65_HS1-834228961_62-HQ-83894_Section_7
Agency: FBI
Page 6
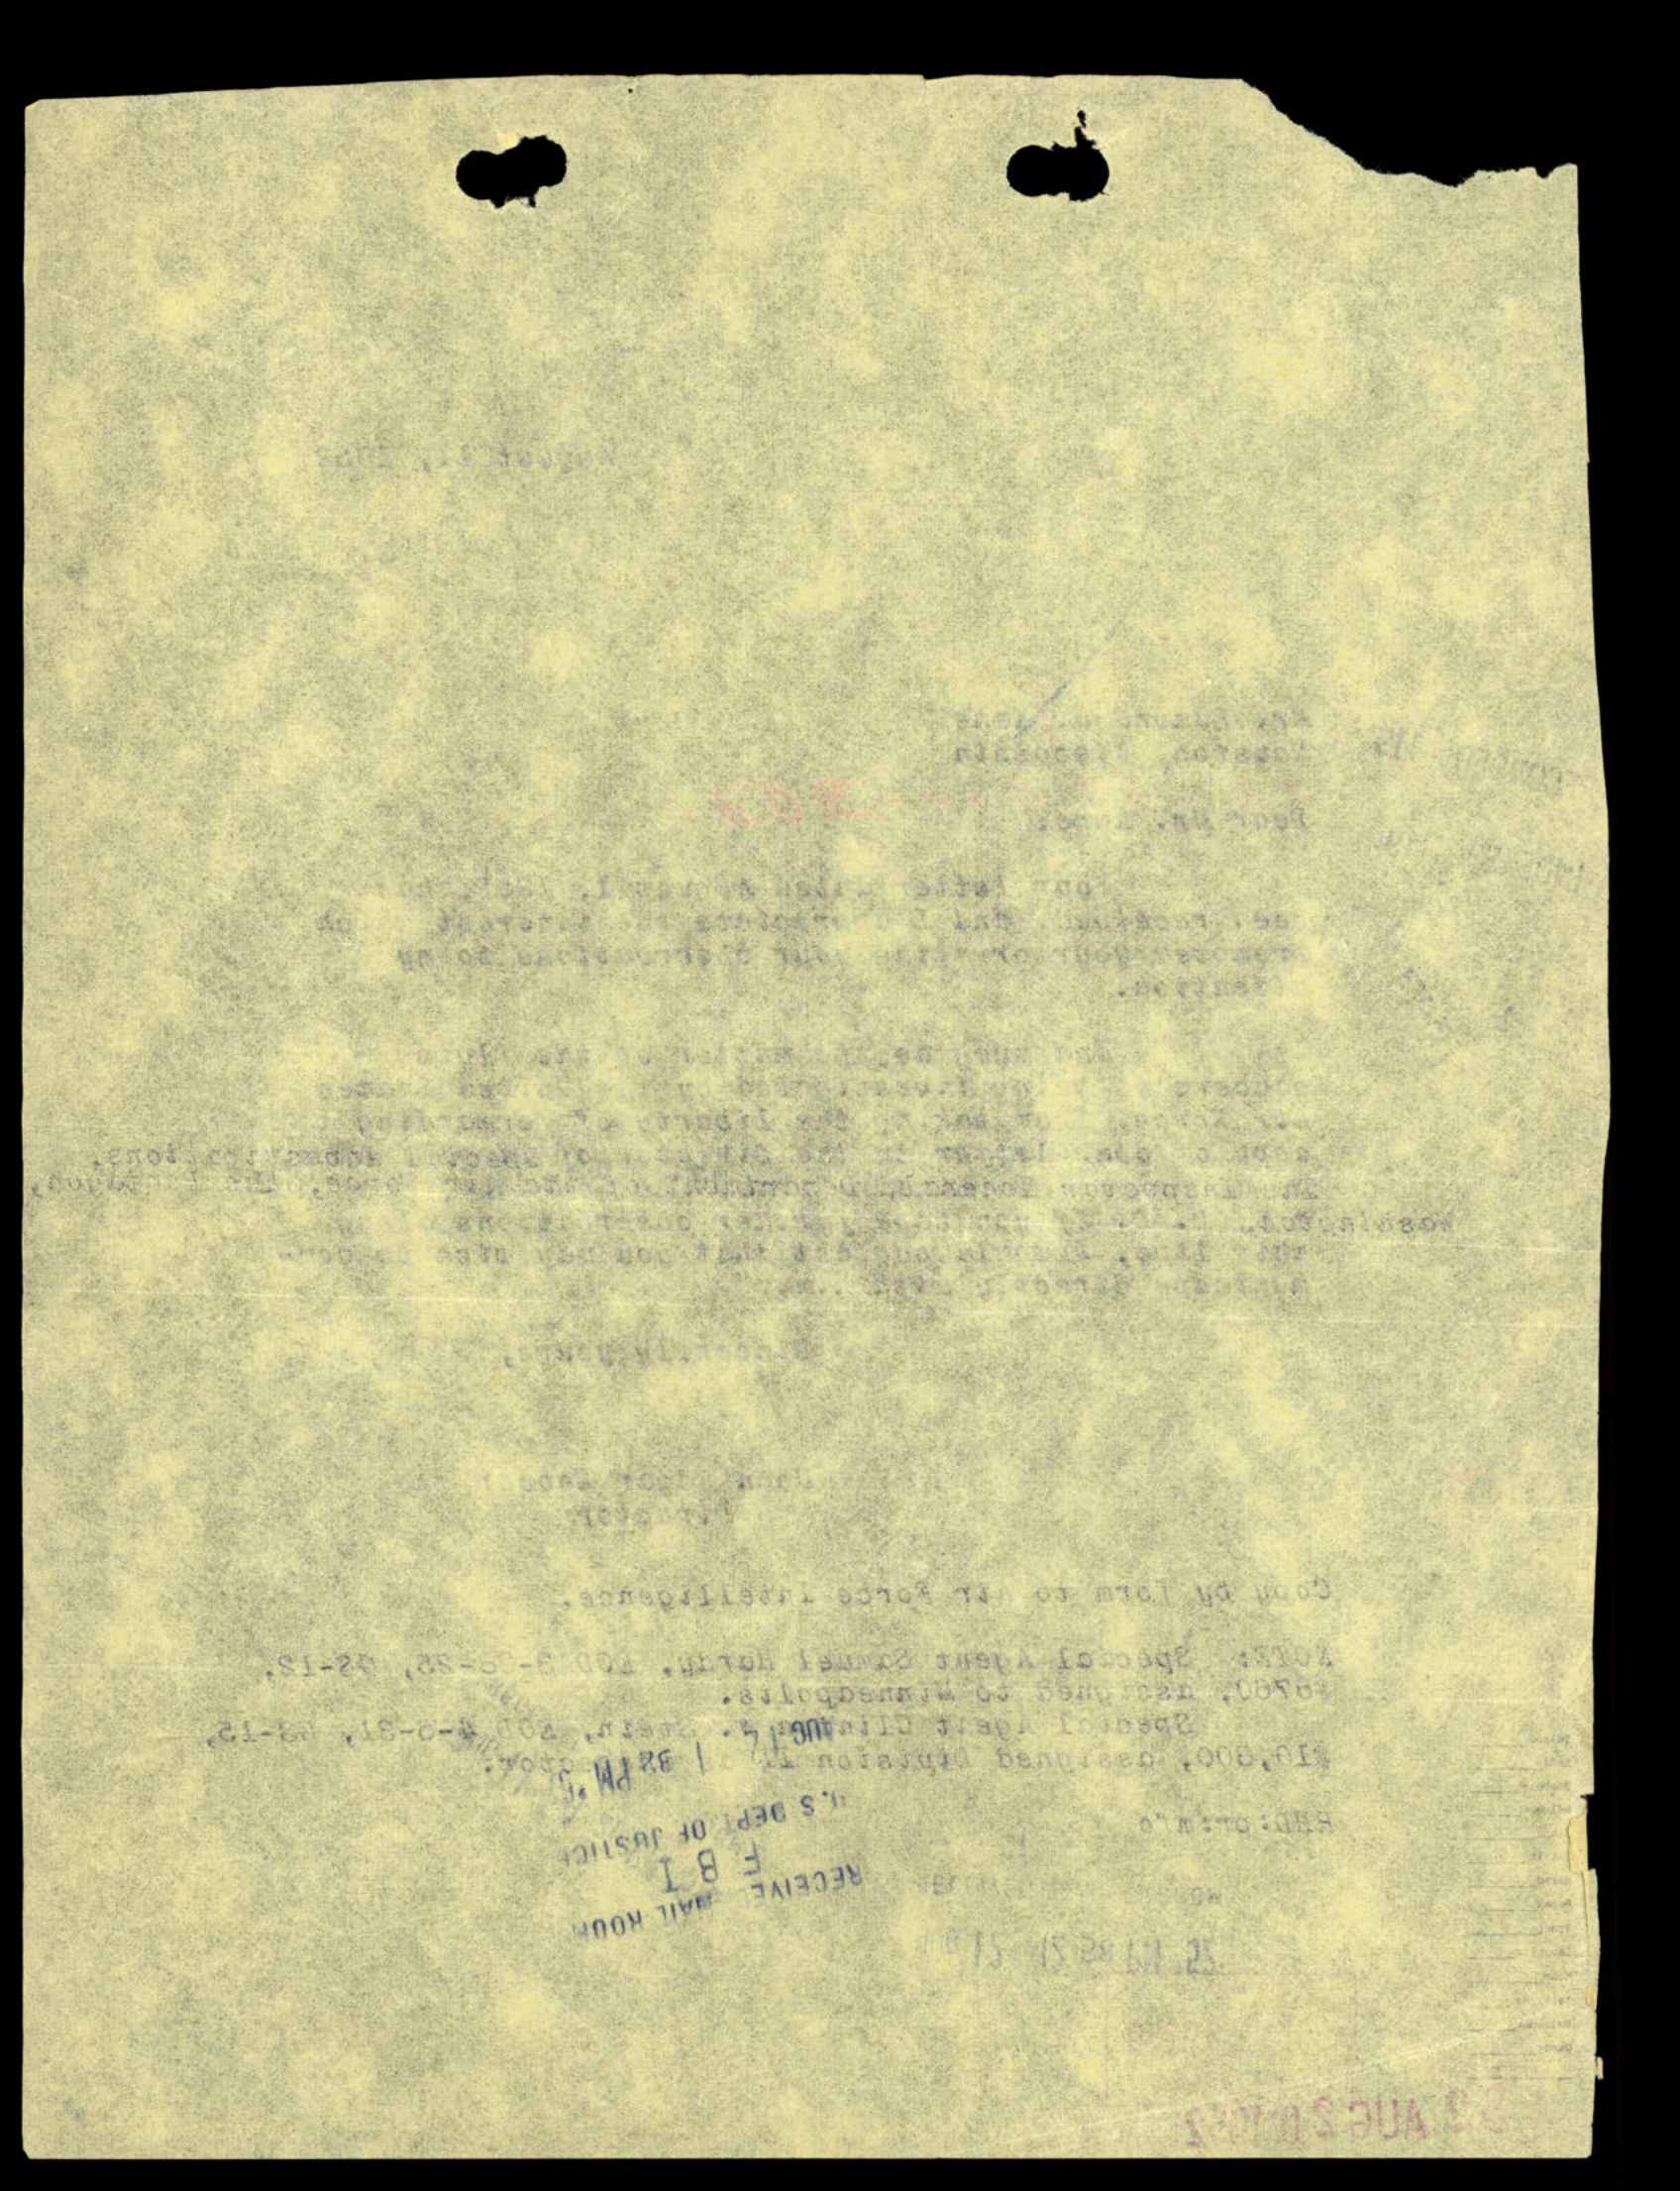